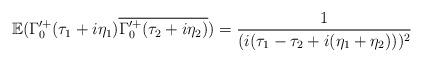
LaTeX: \begin{align*} \mathbb{E}(\Gamma'^{+}_{0}(\tau_1+i\eta_1)\overline{\Gamma'^{+}_{0}(\tau_2+i\eta_2)}) = \frac{1}{(i(\tau_{1}-\tau_{2}+i(\eta_{1}+\eta_{2})))^{2}} \end{align*}